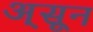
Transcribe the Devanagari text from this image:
अ्सून